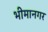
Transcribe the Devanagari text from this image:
भीमानगर